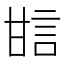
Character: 𤯆